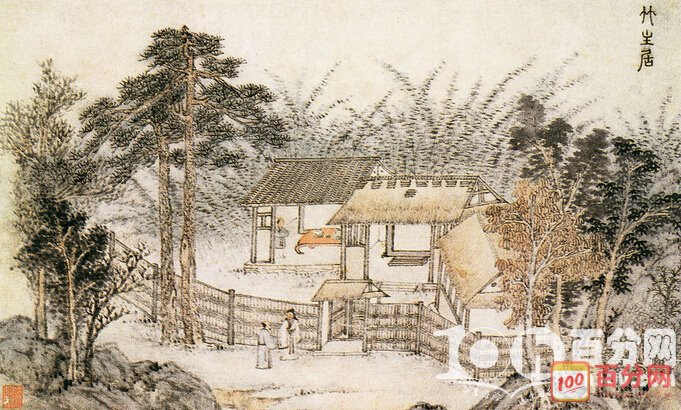
八月秋高风怒号，卷我屋上三重茅。